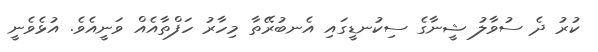
ކުރު ދެ ސުވާލު ޝީނާގެ ސިކުނޑީގައި އެނބުރޭތާ މިހާރު ހަފްތާއެއް ވަނީއެވެ. އުޅެވެނީ